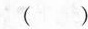
( )